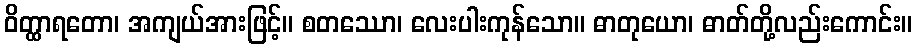
ဝိတ္ထာရတော၊ အကျယ်အားဖြင့်။ စတဿော၊ လေးပါးကုန်သော။ ဓာတုယော၊ ဓာတ်တို့လည်းကောင်း။